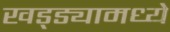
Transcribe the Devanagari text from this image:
खड्ड्यामध्ये